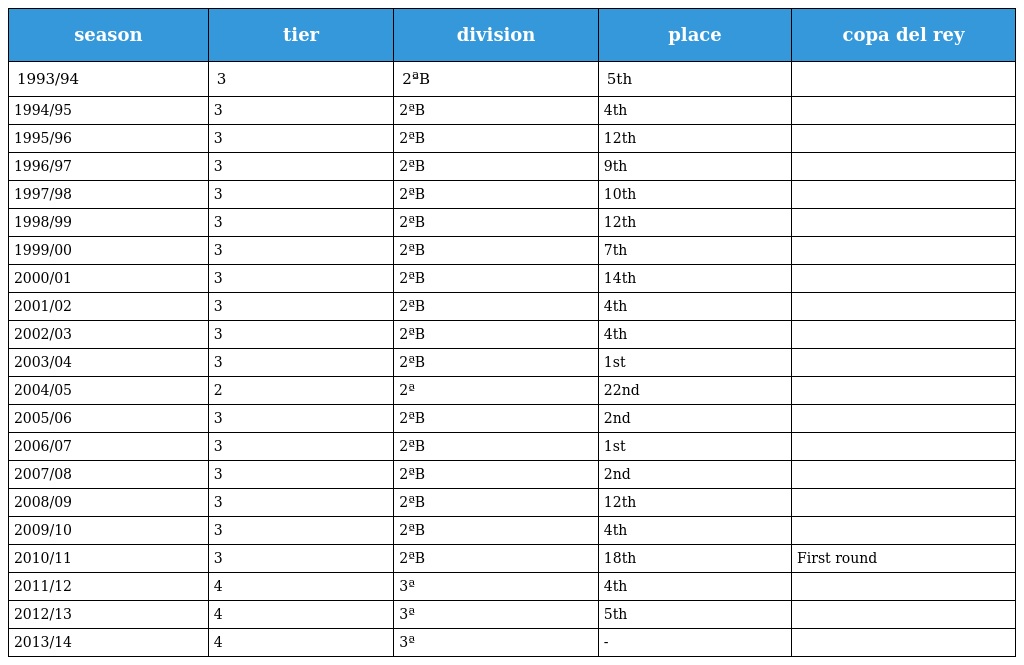
| season | tier | division | place | copa del rey |
 | --- | --- | --- | --- | --- |
 | 1993/94 | 3 | 2ªB | 5th |  |
 | 1994/95 | 3 | 2ªB | 4th |  |
 | 1995/96 | 3 | 2ªB | 12th |  |
 | 1996/97 | 3 | 2ªB | 9th |  |
 | 1997/98 | 3 | 2ªB | 10th |  |
 | 1998/99 | 3 | 2ªB | 12th |  |
 | 1999/00 | 3 | 2ªB | 7th |  |
 | 2000/01 | 3 | 2ªB | 14th |  |
 | 2001/02 | 3 | 2ªB | 4th |  |
 | 2002/03 | 3 | 2ªB | 4th |  |
 | 2003/04 | 3 | 2ªB | 1st |  |
 | 2004/05 | 2 | 2ª | 22nd |  |
 | 2005/06 | 3 | 2ªB | 2nd |  |
 | 2006/07 | 3 | 2ªB | 1st |  |
 | 2007/08 | 3 | 2ªB | 2nd |  |
 | 2008/09 | 3 | 2ªB | 12th |  |
 | 2009/10 | 3 | 2ªB | 4th |  |
 | 2010/11 | 3 | 2ªB | 18th | First round |
 | 2011/12 | 4 | 3ª | 4th |  |
 | 2012/13 | 4 | 3ª | 5th |  |
 | 2013/14 | 4 | 3ª | - |  |